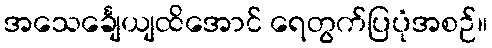
အသေင်္ချေယျထိအောင် ရေတွက်ပြပုံအစဉ်။